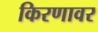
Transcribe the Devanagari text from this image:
किरणावर